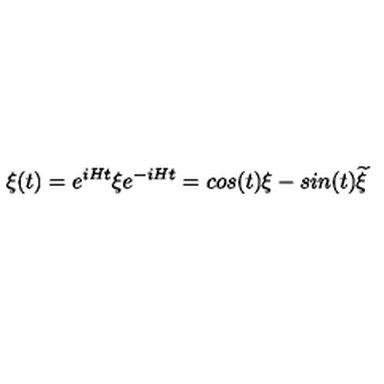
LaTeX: \xi ( t ) = e ^ { i H t } \xi e ^ { - i H t } = c o s ( t ) \xi - s i n ( t ) { \widetilde \xi }